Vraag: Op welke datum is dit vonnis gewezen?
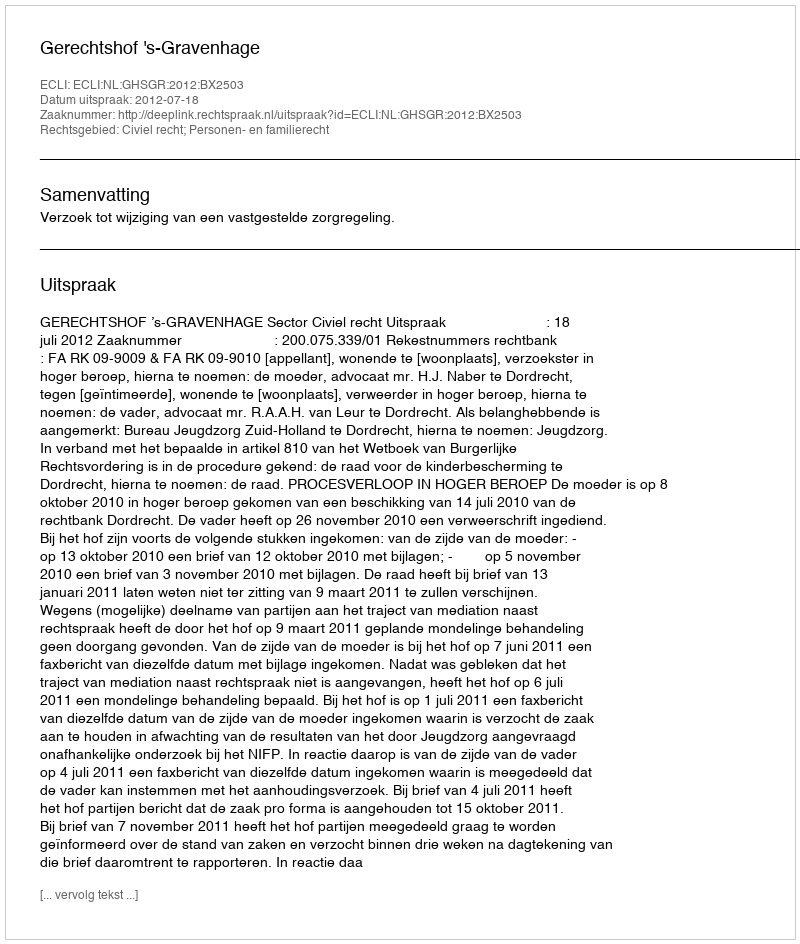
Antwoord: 2012-07-18